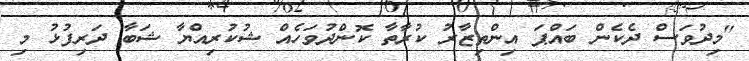
"މިދުވަސް ދެކެން ބައްޕަ އިންތިޒާރު ކުރާތާ ކޮންދުވަހެއް ޝުކުރިއްޔާ ޝަބާ ދަރިފުޅު މި